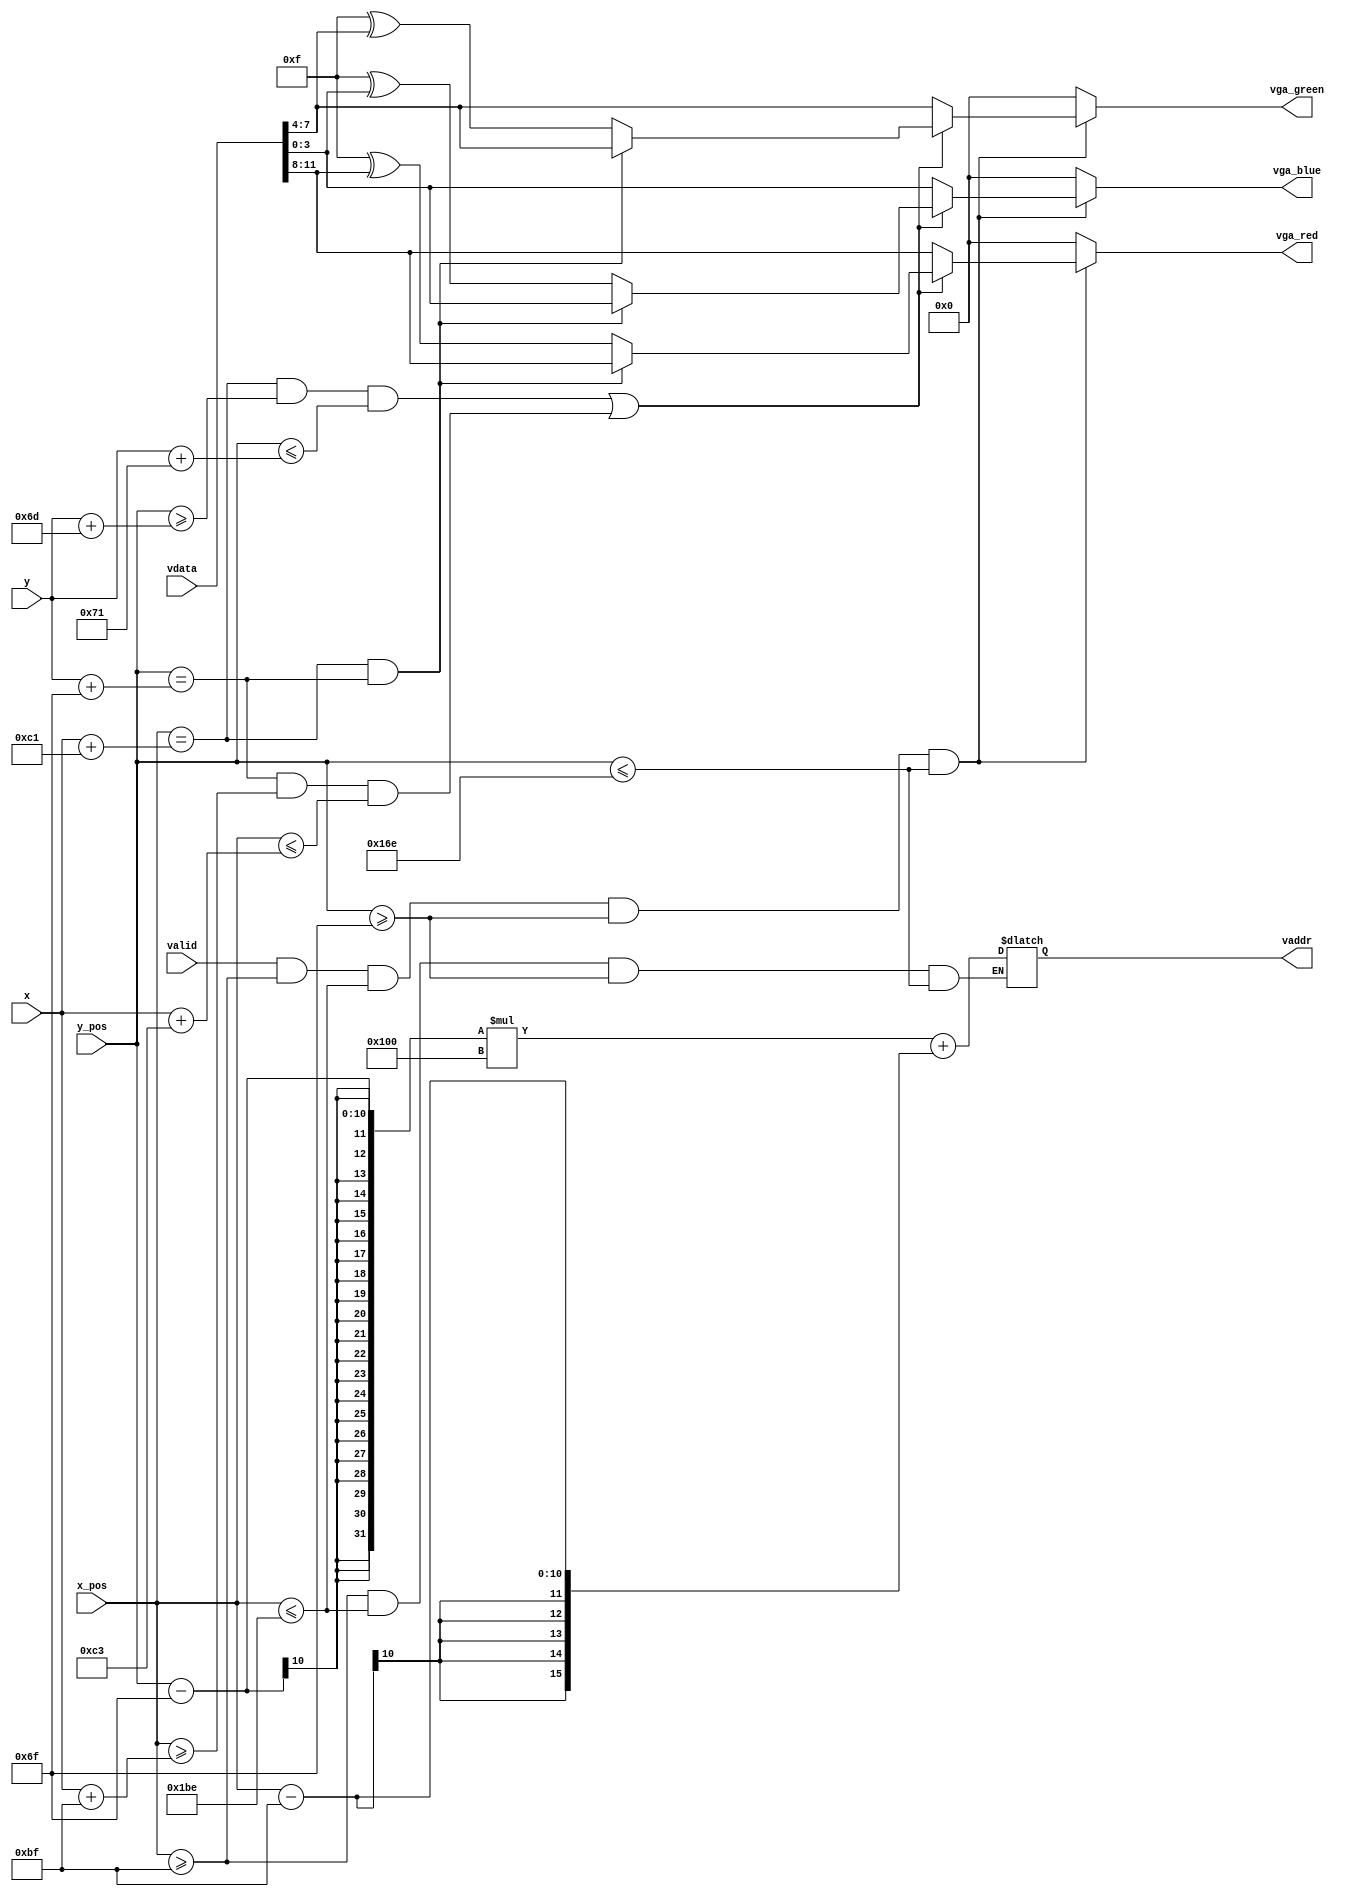
`timescale 1ns / 1ps
//////////////////////////////////////////////////////////////////////////////////
// Company: 
// Engineer: 
// 
// Design Name: 
// Module Name: VGA_color
// Project Name: 
// Target Devices: 
// Tool Versions: 
// Description: 
// 
// Dependencies: 
// 
// Revision:
// Revision 0.01 - File Created
// Additional Comments:
// 
//////////////////////////////////////////////////////////////////////////////////

module VGA_color(
	input valid,
    input [7:0] x,
    input [7:0] y,
    input [9:0] x_pos,
    input [9:0] y_pos,
    input [11:0]vdata,
    output reg [15:0]vaddr,
	output reg [3:0]vga_red,
	output reg [3:0]vga_green,
	output reg [3:0]vga_blue
);

always @(*)
    begin
        if(x_pos>=191 && x_pos<=446 && y_pos>=111 && y_pos<=366)    vaddr=(y_pos-111)*256+(x_pos-191);
        if(valid && x_pos>=191 && x_pos<=446 && y_pos>=111 && y_pos<=366)
        begin
            if((x_pos==x+193&&y_pos>=y+109&&y_pos<=y+113)||(y_pos==y+111&&x_pos>=x+191&&x_pos<=x+195))
            begin
                if(x_pos==x+193&&y_pos==y+111)  {vga_red,vga_green,vga_blue} = vdata;
                else
                begin
                    vga_red = 4'b1111^vdata[11:8];
                    vga_green = 4'b1111^vdata[7:4];
                    vga_blue = 4'b1111^vdata[3:0];
                end
            end  
            else
            begin 
                vga_red = vdata[11:8];
                vga_green = vdata[7:4];
                vga_blue = vdata[3:0];
            end
        end  
        else
        begin
            vga_red = 4'b0000;
            vga_green = 4'b0000;
            vga_blue = 4'b0000;
         end  
     end  
endmodule